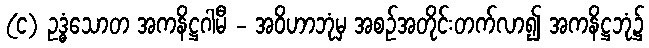
(င) ဥဒ္ဓံသောတ အကနိဋ္ဌဂါမီ - အဝိဟာဘုံမှ အစဉ်အတိုင်းတက်လာ၍ အကနိဋ္ဌဘုံ၌